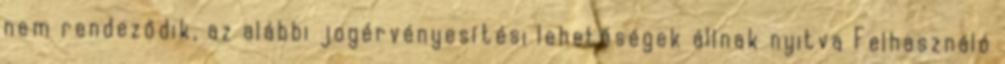
nem rendeződik, az alábbi jogérvényesítési lehetőségek állnak nyitva Felhasználó